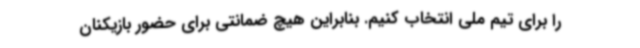
را برای تیم ملی انتخاب کنیم. بنابراین هیچ ضمانتی برای حضور بازیکنان